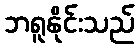
ဘရူနိုင်းသည်